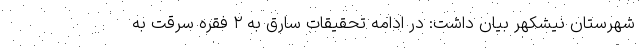
شهرستان نیشکهر بیان داشت: در ادامه تحقیقات سارق به ۲ فقره سرقت به